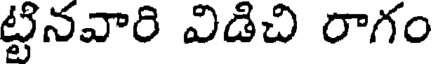
ట్టినవారి విడిచి రాగం